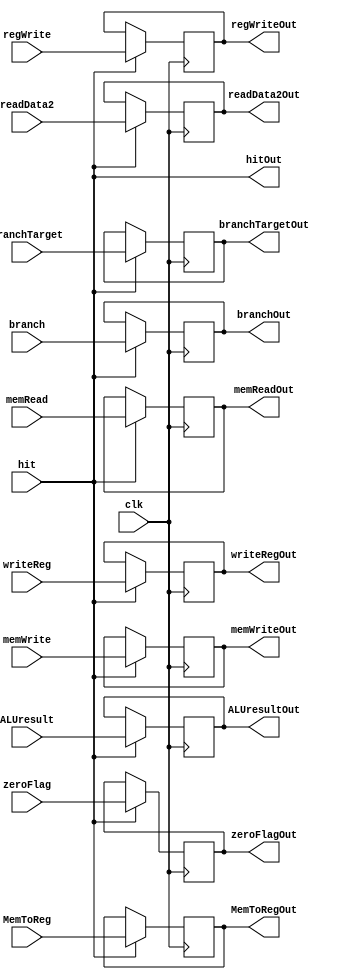
`timescale 1ns / 1ps
//////////////////////////////////////////////////////////////////////////////////
// Company: 
// Engineer: 
// 
// Design Name: 
// Module Name:    EXMemoryReg 
// Project Name: 
// Target Devices: 
// Tool versions: 
// Description: 
//
// Dependencies: 
//
// Revision: 
// Revision 0.01 - File Created
// Additional Comments: 
//
//////////////////////////////////////////////////////////////////////////////////
module EXMemoryReg(input clk, input hit, input zeroFlag, input memRead, input memWrite, input branch, input regWrite, input MemToReg, input [31:0] branchTarget, input [31:0] ALUresult, input [31:0] readData2, input [4:0] writeReg,output reg zeroFlagOut,output reg memReadOut,output reg memWriteOut,output reg branchOut,output reg regWriteOut,output reg MemToRegOut,output reg [31:0] branchTargetOut,output reg [31:0] ALUresultOut,output reg [31:0] readData2Out,output reg [4:0] writeRegOut,output hitOut);

	assign hitOut = hit;
	//-----------------------------------------------------------------------------------------------------------------------
	always @(posedge clk) begin
		if (hit) begin
			writeRegOut    <= writeReg;
			branchTargetOut<= branchTarget;
			ALUresultOut   <= ALUresult;
			readData2Out   <= readData2;
			zeroFlagOut    <= zeroFlag;
			memReadOut     <= memRead;
			memWriteOut    <= memWrite;
			branchOut      <= branch;
			regWriteOut    <= regWrite;
			MemToRegOut    <= MemToReg;
		end
	end
	//-----------------------------------------------------------------------------------------------------------------------
endmodule